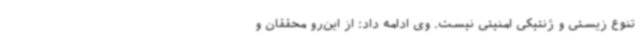
تنوع زیستی و ژنتیکی امنیتی نیست‌. وی ادامه داد: از این‌رو محققان و